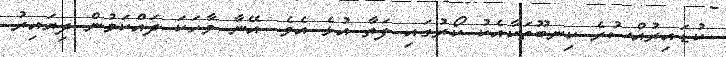
ކުޑައިރުއްސުރެ ކިނބޫތަކާއެކު ކޯރުގައި ފަތާ އުޅެ އެވެ. އޭނާ ވާހަކަ ދައްކަމުން ދިޔައިރު